Tezpur Lunatic Asylum reports 1877-1894 - 1877-1894
Year: 1877
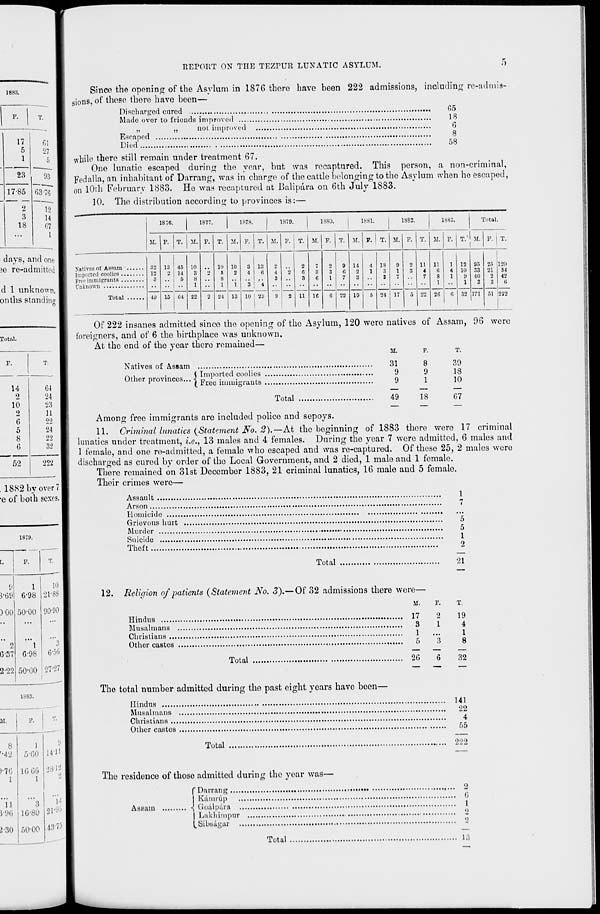
REPORT ON THE TEZPUR LUNATIC ASYLUM.
1883.
F.
T.
17
01
5
27
1
5
23
93
17-85 03-76
- — —
—■—,
2
12
3
14
18
67
...
I
• 1 Jays, and one
)( i re-admittod
d 1 unknown.
0 nths standing
T< )tal.
F.
T.
14
64
2
24
10
23
2
11
G
22
5
24
8
22
G
32
52
222
. 18S2bvover7
•e of both sexes.
i8?y.
i
[.
F.
T.
9
1
10
5-6 '.) 6-98 21-88
)C 0 50-00 90-90
••
2
"l
'"3
6'8 7 G-98 6-56
2-2 2 50-00 27-27
1883.
M,
8
'•42
)-7G
1
11
J-96
2-30
1
5-60
9 1
14-H 1
11; 66
l
28-12 1
2 1
'"•A
1 I
1G-8U 21-95 1
50-00 43-75 1
■
Since the opening of the Asylum in 1876 there have been 222 admissions, including re-admis-
sions, of these there have been—
Discharged cured
Made over to friends improved
„
„
not improved
Escaped
Died
while there still remain under treatment 67.
One lunatic escaped during the year, but was recaptured. This person, a non-criminal,
Fedalla, an inhabitant of Darrang, was in charge of the cattle belonging to the Asylum when he escaped,
on 10th February 1883. He was recaptured at Bali para on 6th July 1883.
10. The distribution according to provinces is:—
65
18
6
8
58
1876.
1877.
1878.
1879.
1880.
1881.
1882.
1S83.
Total.
M.
*
T. M. F. T. M. F. T. M. P. T. M. F. T. M. F. T. M. F. T. M. F. T.'l M.
1
F. j T.
Natives of Assam
32 13 45 10
10 10 3 18
2
2
7
2
9 14
4 18
9
2 11 11
1 12 95 25 120
Imported coolies
12
14
3
5
2
4
6
4
0
6
8
3
e 2 1 3 1 3 4 6 4 10 33 21 54
Free immigrants
6
5
8
8
3
3
6
1
7
3
3
7
7
8
1
9 40
2 42
Unknown
••
1
••
1
1
3 | 4
1
••
1
3
3
6
49 15 G4 22
2 24 13 10 | 28
9
2 11 1G
G 22 19
5 24 17
0
22 2G
6 32 171 51 222
Of 222 insanes admitted since the opening of the Asylum, 120 were natives of Assam, 96 were
foreigners, and of 6 the birthplace was unknown.
At the end of the year there remained—
M.
Natives of Assam
Other provinces.
( Imported coolies
( Free immigrants
1
8
39
9
9
18
9
1
10
Total
49
18
G7
Among free immigrants are included police and sepoys.
11. Criminal lunatics {Statement No. 2).—At the beginning of 1883 there were 17 criminal
lunatics under treatment, i.e., 13 males and 4 females. During the year 7 wore admitted, 6 males and
1 female, and one re-admitted, a female who escaped and was re-captured. Of these 25, 2 males were
discharged as cured by order of the Local Government, and 2 died, 1 male and 1 female.
There remained on 31st December 1883, 21 criminal lunatics, 16 male and 5 female.
Their crimes were—
Assault
Arson ...
Homicide
Grievous hurt
Murder
Suicide
Theft
Total
1
7
5
5
1
2
21
12. Religion of patients (Statement No. 3).— Of 32 admissions there were—
M.
Hindus
17
Musal mans
3
Christians
1
Other castes
5
Total
2G
2
19
1
4
1
3
8
6
32
The total number admitted during the past eight years havo been—
Hindus
HI
Musalmans
22
Christians
4
Other castes
55
Total
909
The residence of those admitted during the year was—
f Darrang
2
I K&mnip
G
-\ Qoalpdra
I Lakhimpur
l^Sihsagar
Assam
Total
13